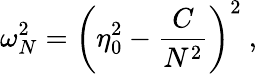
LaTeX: \omega_{N}^{2}=\left(\eta_{0}^{2}-\frac{C}{N^{2}}\right)^{2}\ ,